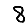
Digit: 8